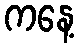
ကနေ့